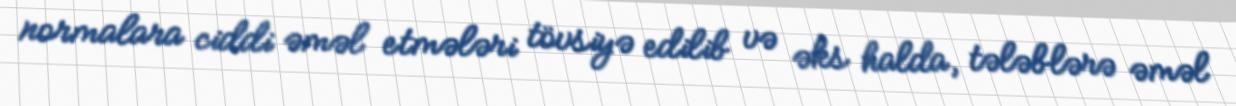
normalara ciddi əməl etmələri tövsiyə edilib və əks halda, tələblərə əməl